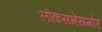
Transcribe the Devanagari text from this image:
लोकसभेसमोर